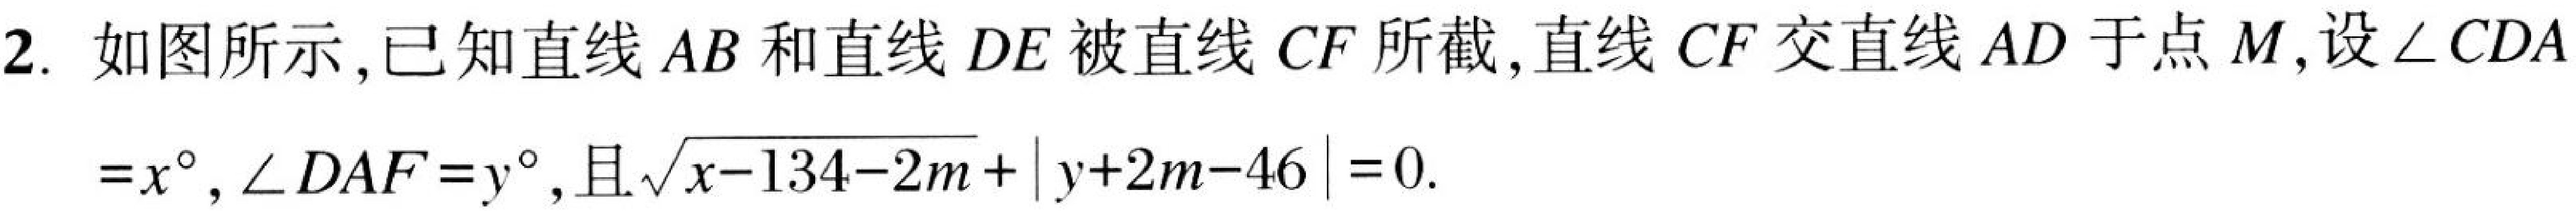
2. 如图所示,已知直线 \(AB\) 和直线 \(DE\) 被直线 \(CF\) 所截,直线 \(CF\) 交直线 \(AD\) 于点 \(M\),设 \(\angle CDA\)
\(=x^{\circ},\angle DAF = y^{\circ}\),且\(\sqrt{x - 134-2m}+\vert y + 2m-46\vert=0\).